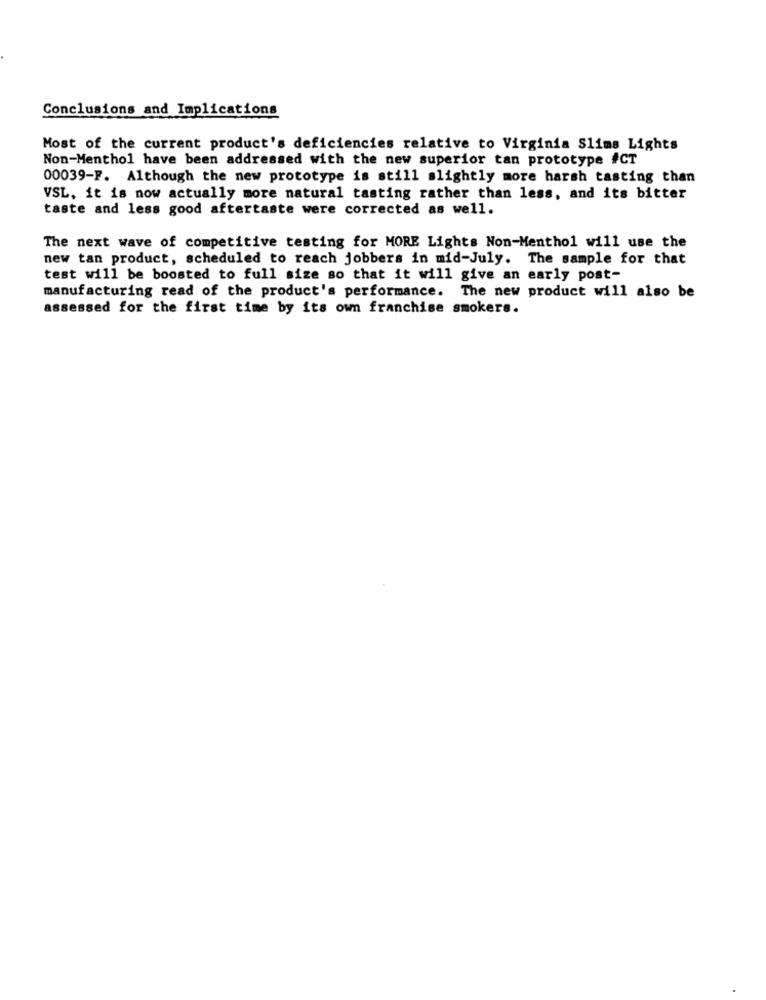
Conclusions and Implications
Most of the current product's deficiencies relative to Virginia Slims Lights
Non-Menthol have been addressed with the new superior tan prototype #CT
00039-F. Although the new prototype is still slightly more harsh tasting than
VSL, it is now actually more natural tasting rather than less, and its bitter
taste and less good aftertaste were corrected as well.
The next wave of competitive testing for MORE Lights Non-Menthol will use the
new tan product, scheduled to reach jobbers in mid-July. The sample for that
test will be boosted to full size so that it will give an early post-
manufacturing read of the product's performance. The new product will also be
assessed for the first time by its own franchise smokers.